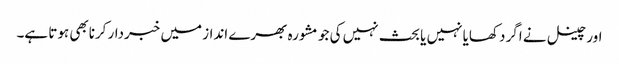
اور چینل نے اگر دکھایا نہیں یا بحث نہیں کی جو مشورہ بھرے انداز میں خبردار کرنابھی ہوتا ہے۔